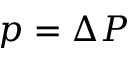
p = \Delta P